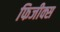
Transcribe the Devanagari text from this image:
फिजीक्स